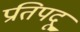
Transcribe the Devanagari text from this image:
प्रतिपदू